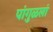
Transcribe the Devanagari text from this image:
पांगुळलां